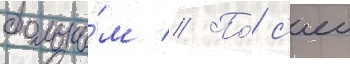
больны́м // По́ с'еи